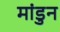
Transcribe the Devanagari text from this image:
मांडुन